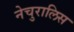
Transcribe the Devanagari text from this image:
नेचुरालिस